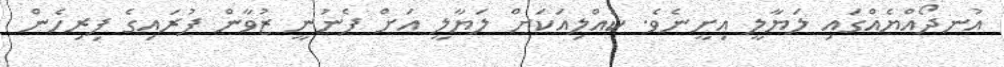
އުނދޯއްޔެއްގައި ލަޔާލީ އިށީނެވެ. ކުއްލިއަކަށް ލަޔާލީ އަށް ފެނުނީ ޒުވާން ފުރައިގެ ފިރިހެން